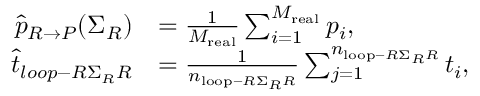
\begin{array} { r l } { \widehat { p } _ { R \rightarrow P } ( \Sigma _ { R } ) } & { = \frac { 1 } { M _ { \mathrm { r e a l } } } \sum _ { i = 1 } ^ { M _ { \mathrm { r e a l } } } p _ { i } , } \\ { \widehat { t } _ { l o o p - R \Sigma _ { R } R } } & { = \frac { 1 } { n _ { \mathrm { l o o p } - R \Sigma _ { R } R } } \sum _ { j = 1 } ^ { n _ { \mathrm { l o o p } - R \Sigma _ { R } R } } t _ { i } , } \end{array}